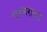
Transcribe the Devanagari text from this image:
चरमराहट